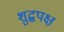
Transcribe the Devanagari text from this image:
शुद्धपक्ष